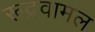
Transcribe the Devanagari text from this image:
रूद्रवामल